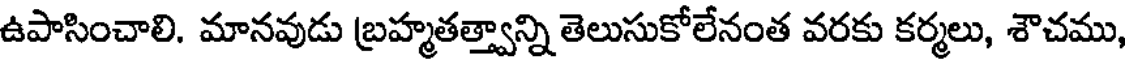
ఉపాసించాలి. మానవుడు బ్రహ్మతత్త్వాన్ని తెలుసుకోలేనంత వరకు కర్మలు, శౌచము,